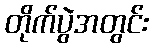
တိုက်ပွဲအတွင်း